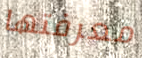
معرفتها